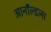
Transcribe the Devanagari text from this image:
आर्नॉल्डला